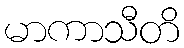
မာကာသီတိ